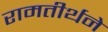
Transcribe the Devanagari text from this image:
रामतीर्थने